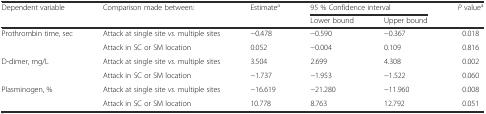
| <ROWSPAN=2> Dependent variable | <ROWSPAN=2> Comparison made between: | <ROWSPAN=2> Estimatea | <COLSPAN=2> 95 % Confidence interval | <ROWSPAN=2> P valuea |
 | Lower bound | Upper bound |
 | --- | --- | --- | --- | --- | --- |
 | <ROWSPAN=2> Prothrombin time, sec | Attack at single site vs. multiple sites | −0.478 | −0.590 | −0.367 | 0.018 |
 | Attack in SC or SM location | 0.052 | −0.004 | 0.109 | 0.816 |
 | <ROWSPAN=2> D-dimer, mg/L | Attack at single site vs. multiple sites | 3.504 | 2.699 | 4.308 | 0.002 |
 | Attack in SC or SM location | −1.737 | −1.953 | −1.522 | 0.060 |
 | <ROWSPAN=2> Plasminogen, % | Attack at single site vs. multiple sites | −16.619 | −21.280 | −11.960 | 0.008 |
 | Attack in SC or SM location | 10.778 | 8.763 | 12.792 | 0.051 |